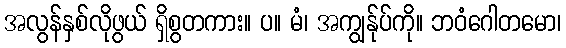
အလွန်နှစ်လိုဖွယ် ရှိစွတကား။ ပ။ မံ၊ အကျွန်ုပ်ကို။ ဘဝံဂေါတမော၊